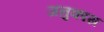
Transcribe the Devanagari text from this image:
जनुकास